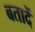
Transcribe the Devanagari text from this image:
बतादें